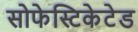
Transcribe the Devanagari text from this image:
सोफेस्टिकेटेड